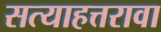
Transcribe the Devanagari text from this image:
सत्याहत्तरावा